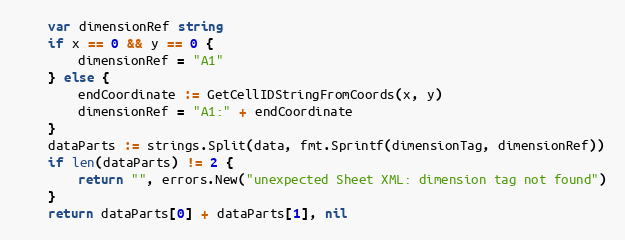
Language: Go
	var dimensionRef string
	if x == 0 && y == 0 {
		dimensionRef = "A1"
	} else {
		endCoordinate := GetCellIDStringFromCoords(x, y)
		dimensionRef = "A1:" + endCoordinate
	}
	dataParts := strings.Split(data, fmt.Sprintf(dimensionTag, dimensionRef))
	if len(dataParts) != 2 {
		return "", errors.New("unexpected Sheet XML: dimension tag not found")
	}
	return dataParts[0] + dataParts[1], nil